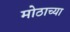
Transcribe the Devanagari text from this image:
मोठाच्या